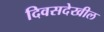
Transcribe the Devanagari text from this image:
दिवसदेखील